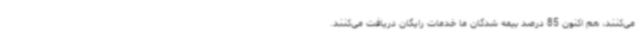
می‌کنند، هم اکنون 85 درصد بیمه شدگان ما خدمات رایگان دریافت می‌کنند.